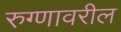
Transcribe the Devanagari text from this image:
रुग्णावरील